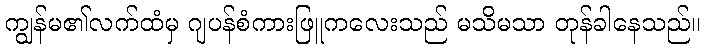
ကျွန်မ၏လက်ထံမှ ဂျပန်စံကားဖြူကလေးသည် မသိမသာ တုန်ခါနေသည်။